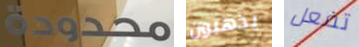
محدودة يذهبون تفعل